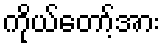
ကိုယ်တော့်အား